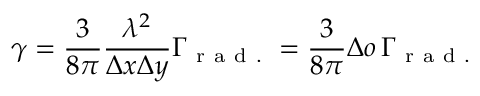
\gamma = \frac { 3 } { 8 \pi } \frac { \lambda ^ { 2 } } { \Delta x \Delta y } \Gamma _ { \mathrm { ~ r ~ a ~ d ~ . ~ } } = \frac { 3 } { 8 \pi } \Delta o \, \Gamma _ { \mathrm { ~ r ~ a ~ d ~ . ~ } }